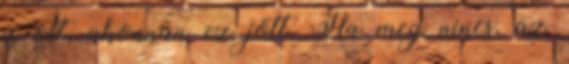
is ott, ahonnan ez jött. Ha meg nincs, az